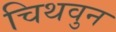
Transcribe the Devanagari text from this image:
चिथवुन